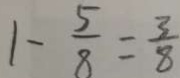
1 - \frac { 5 } { 8 } = \frac { 3 } { 8 }